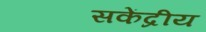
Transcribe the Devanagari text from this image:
सकेंद्रीय